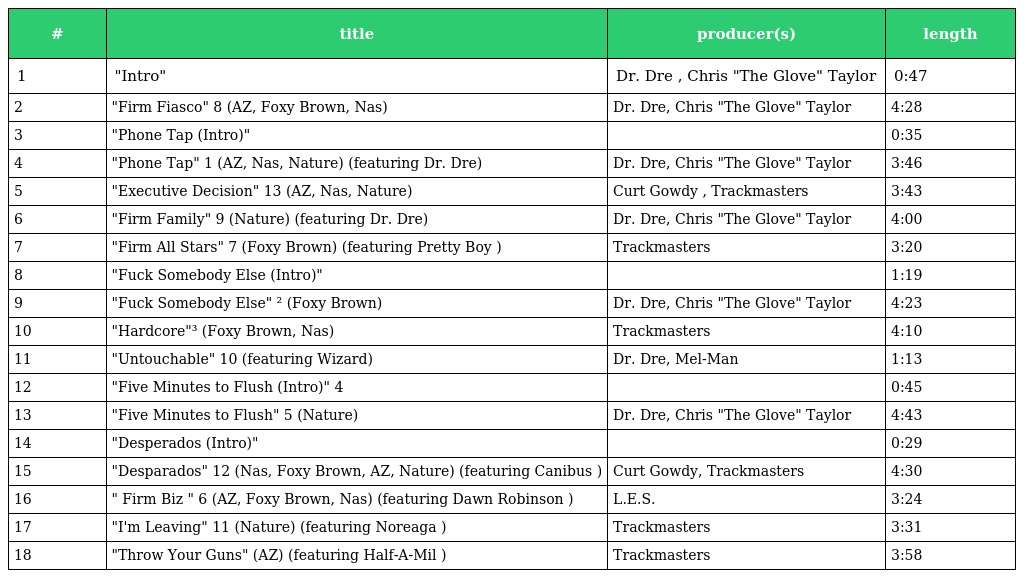
| # | title | producer(s) | length |
 | --- | --- | --- | --- |
 | 1 | "Intro" | Dr. Dre , Chris "The Glove" Taylor | 0:47 |
 | 2 | "Firm Fiasco" 8 (AZ, Foxy Brown, Nas) | Dr. Dre, Chris "The Glove" Taylor | 4:28 |
 | 3 | "Phone Tap (Intro)" |  | 0:35 |
 | 4 | "Phone Tap" 1 (AZ, Nas, Nature) (featuring Dr. Dre) | Dr. Dre, Chris "The Glove" Taylor | 3:46 |
 | 5 | "Executive Decision" 13 (AZ, Nas, Nature) | Curt Gowdy , Trackmasters | 3:43 |
 | 6 | "Firm Family" 9 (Nature) (featuring Dr. Dre) | Dr. Dre, Chris "The Glove" Taylor | 4:00 |
 | 7 | "Firm All Stars" 7 (Foxy Brown) (featuring Pretty Boy ) | Trackmasters | 3:20 |
 | 8 | "Fuck Somebody Else (Intro)" |  | 1:19 |
 | 9 | "Fuck Somebody Else" ² (Foxy Brown) | Dr. Dre, Chris "The Glove" Taylor | 4:23 |
 | 10 | "Hardcore"³ (Foxy Brown, Nas) | Trackmasters | 4:10 |
 | 11 | "Untouchable" 10 (featuring Wizard) | Dr. Dre, Mel-Man | 1:13 |
 | 12 | "Five Minutes to Flush (Intro)" 4 |  | 0:45 |
 | 13 | "Five Minutes to Flush" 5 (Nature) | Dr. Dre, Chris "The Glove" Taylor | 4:43 |
 | 14 | "Desperados (Intro)" |  | 0:29 |
 | 15 | "Desparados" 12 (Nas, Foxy Brown, AZ, Nature) (featuring Canibus ) | Curt Gowdy, Trackmasters | 4:30 |
 | 16 | " Firm Biz " 6 (AZ, Foxy Brown, Nas) (featuring Dawn Robinson ) | L.E.S. | 3:24 |
 | 17 | "I'm Leaving" 11 (Nature) (featuring Noreaga ) | Trackmasters | 3:31 |
 | 18 | "Throw Your Guns" (AZ) (featuring Half-A-Mil ) | Trackmasters | 3:58 |